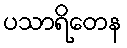
ပသာရိတေန